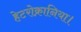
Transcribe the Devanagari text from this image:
हेटरोक्रानिया।